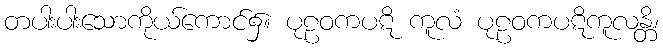
တပါးပါးသောကိုယ်ကောင်၌။ ပုဠဝကပဋိ ကူလံ ပုဠဝကပဋိကူလန္တိ၊